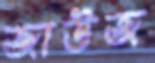
জাউজ